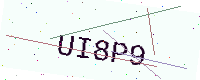
Text: UI8P9